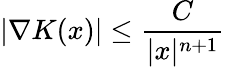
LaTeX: |\nabla K(x)|\leq{\frac{C}{|x|^{n+1}}}